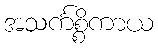
အသင်္ကစ္စိကာယ